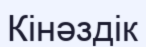
Кінәздік